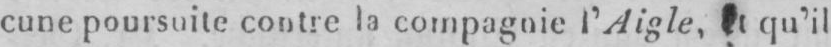
qu’il